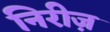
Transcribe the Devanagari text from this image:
निरीज़